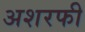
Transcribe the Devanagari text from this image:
अशरफी